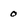
Character: 0